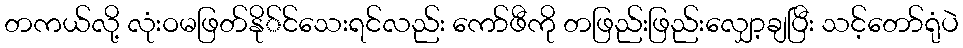
တကယ်လို့ လုံးဝမဖြတ်နို်င်သေးရင်လည်း ကော်ဖီကို တဖြည်းဖြည်းလျှော့ချပြီး သင့်တော်ရုံပဲ